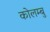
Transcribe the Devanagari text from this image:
कोलम्बु